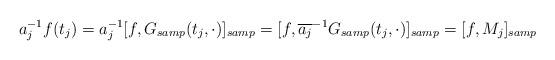
LaTeX: \begin{align*} a_j^{-1}f(t_j) = a_j^{-1} [f, G_{samp} (t_j , \cdot )]_{samp} = [f,\overline{a_j}^{-1} G_{samp} (t_j , \cdot )]_{samp} = [f,M_j]_{samp}\end{align*}